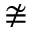
\ncong